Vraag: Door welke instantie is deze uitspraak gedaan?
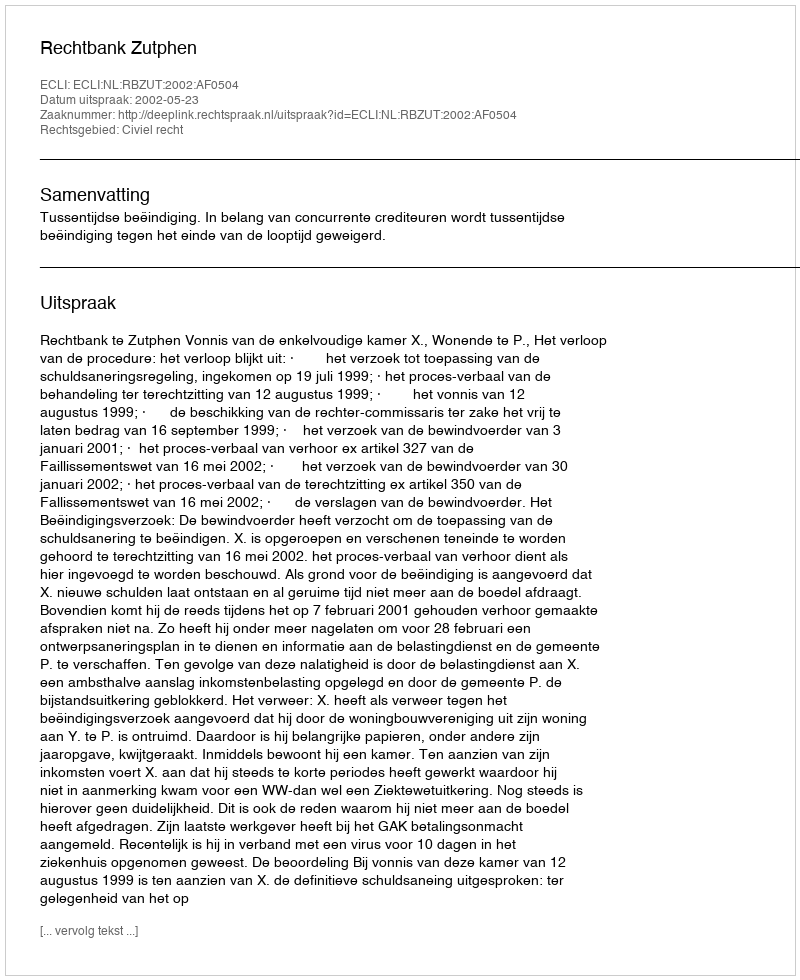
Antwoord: Rechtbank Zutphen